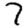
Digit: 7